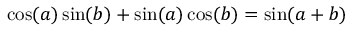
\cos ( a ) \sin ( b ) + \sin ( a ) \cos ( b ) = \sin ( a + b )